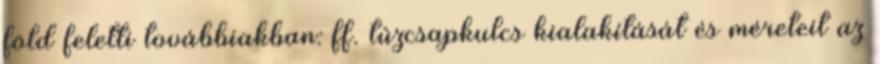
föld feletti továbbiakban: ff. tûzcsapkulcs kialakítását és méreteit az